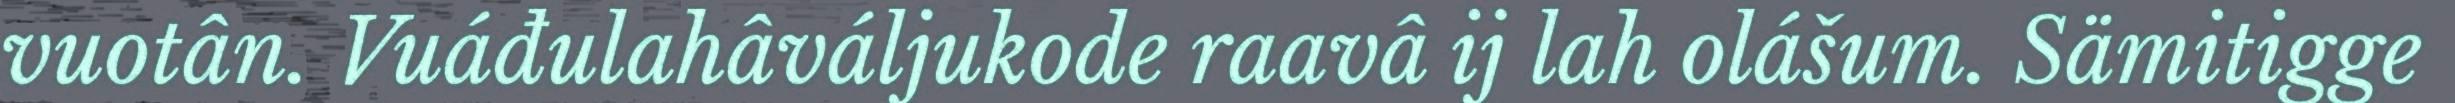
vuotân. Vuáđulahâváljukode raavâ ij lah olášum. Sämitigge